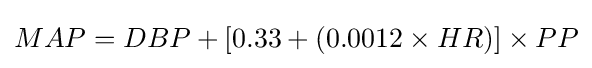
MAP=DBP+[0.33+(0.0012\times HR)]\times PP